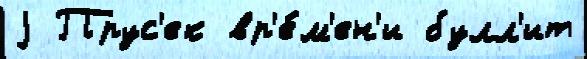
j Прус'ек вр'е́м'ен'и булл'ит